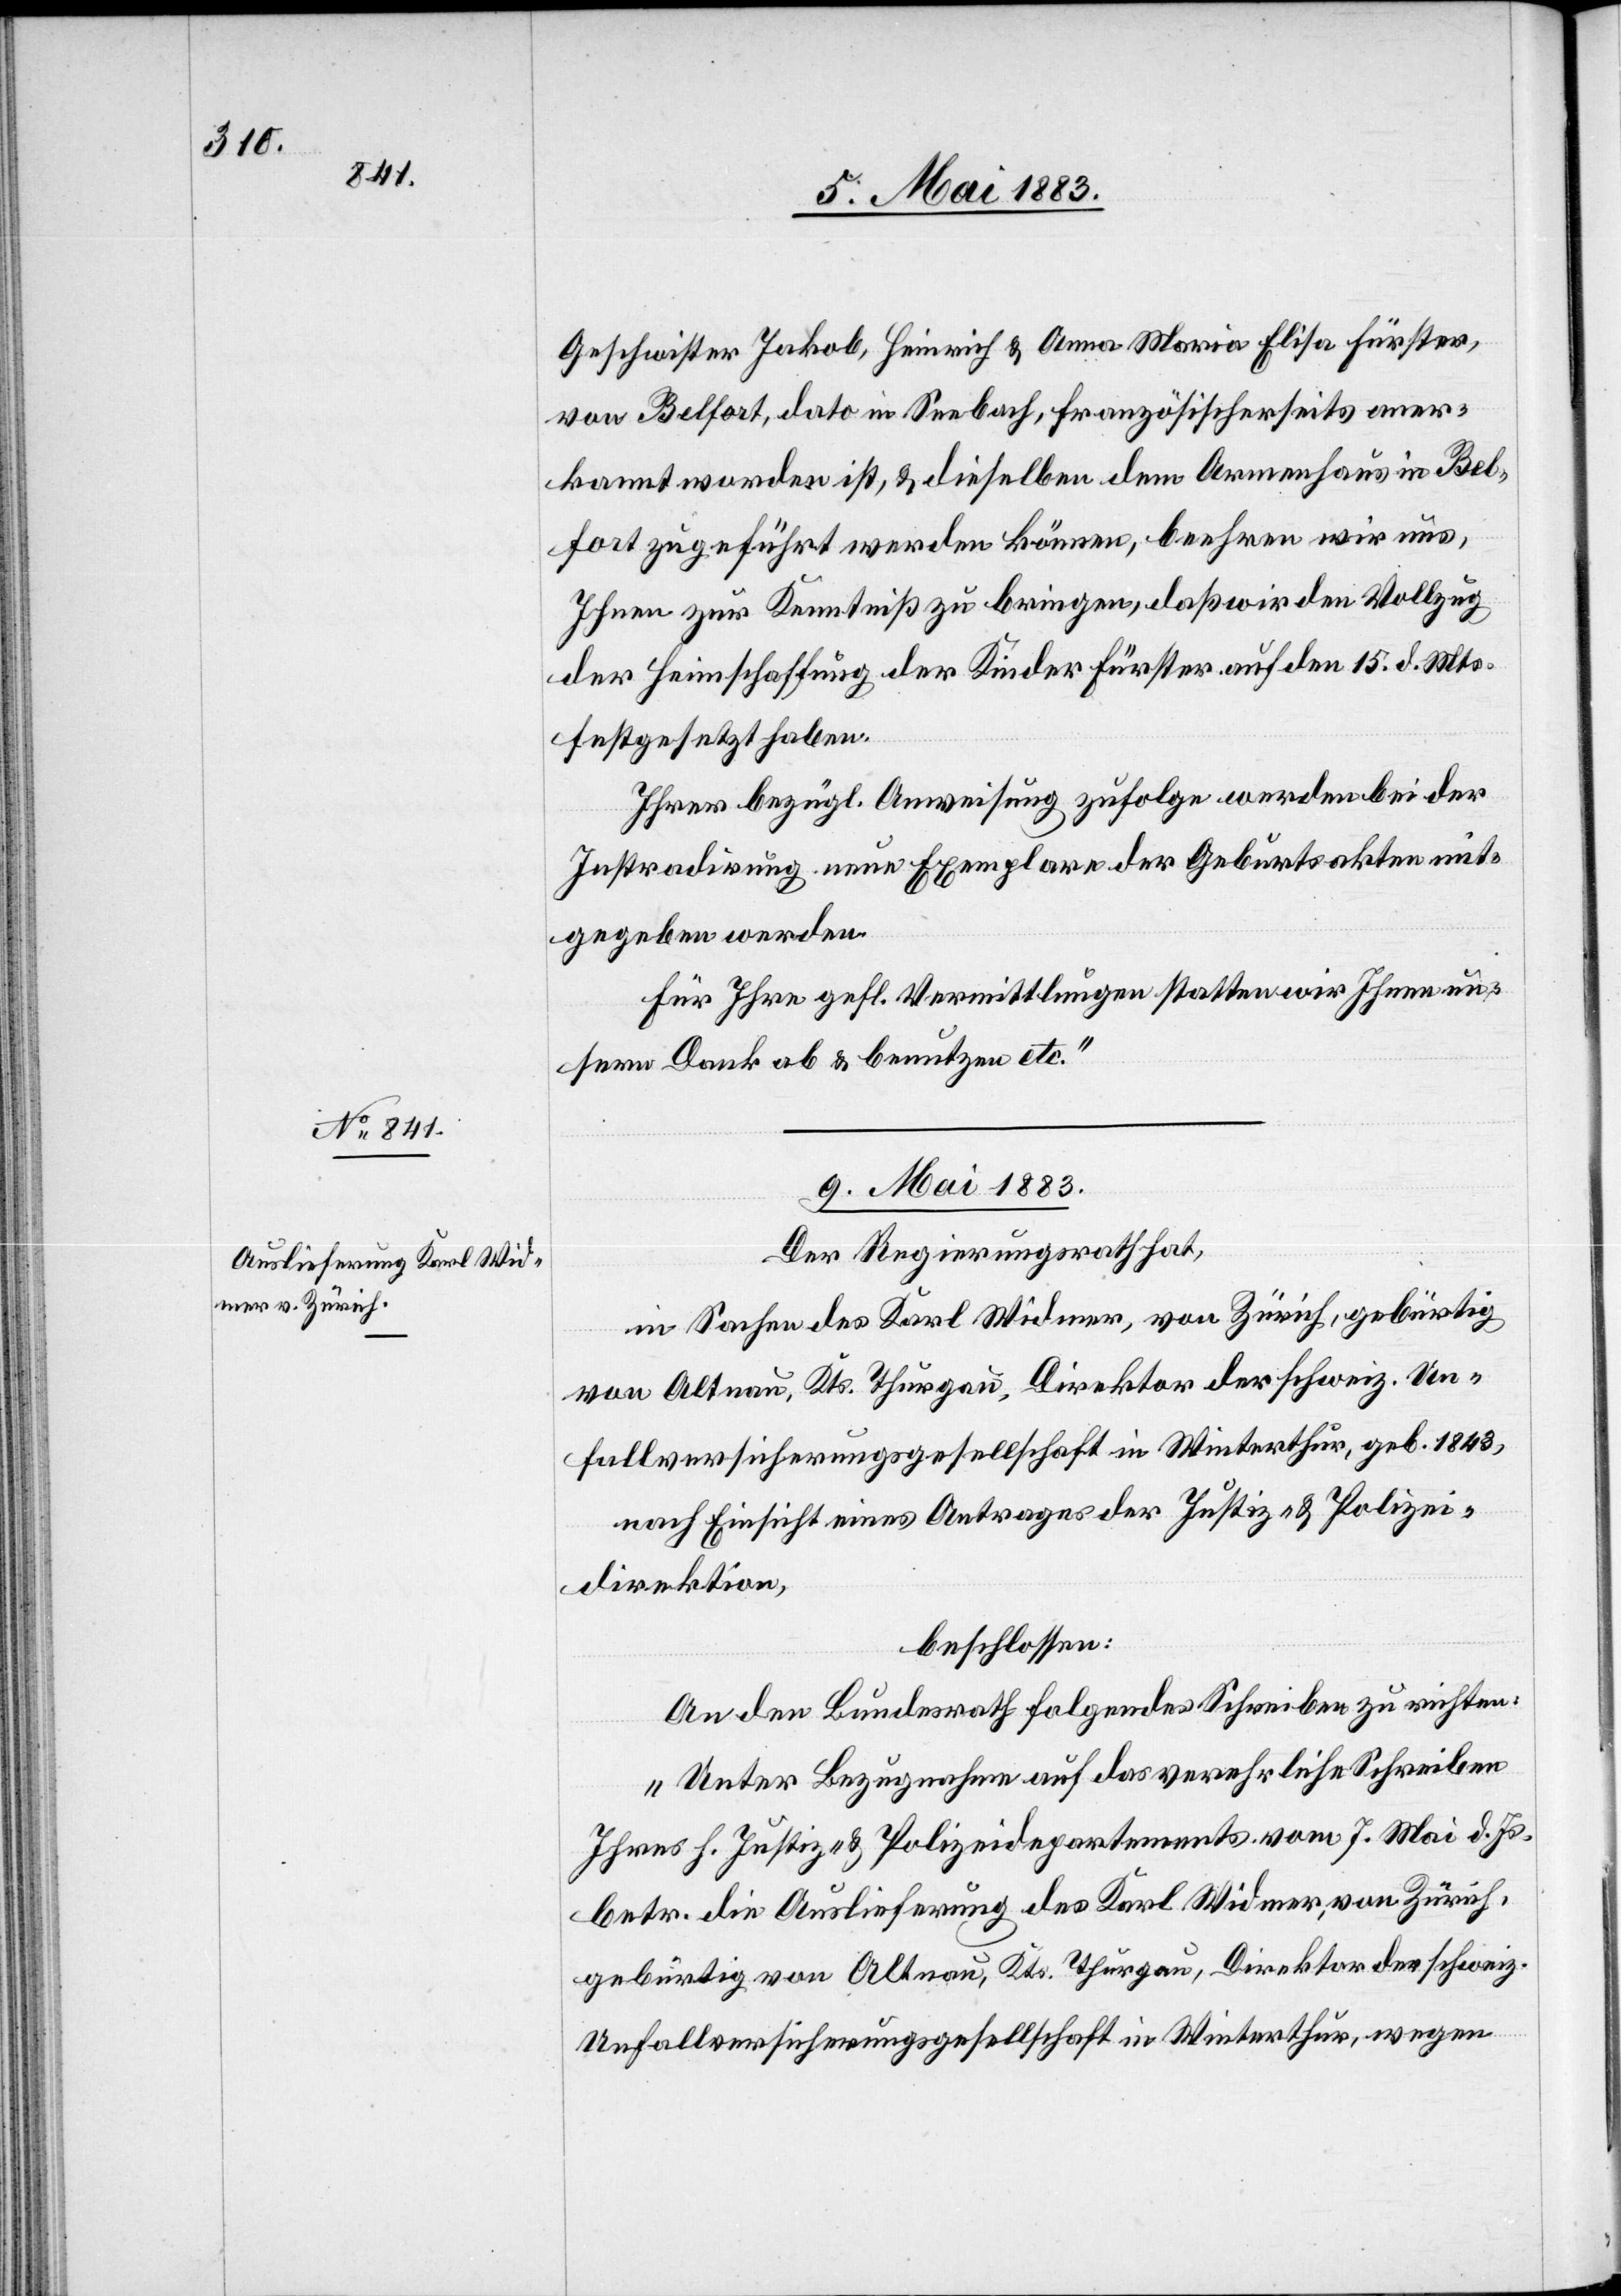
Geschwister Jakob, Heinrich & Anna Maria Elisa Fürster,
von Belfort, dato in Seebach, französischerseits aner¬
kannt worden ist, & dieselben dem Armenhaus in Bel¬
fort zugeführt werden können, beehren wir uns,
Ihnen zur Kenntniß zu bringen, daß wir den Vollzug
der Heimschaffung der Kinder Fürster auf den 15. d. Mts.
festgesetzt haben.
Ihrer bezügl. Anweisung zufolge werden bei der
Instradirung neue Exemplare der Geburtsakten mit¬
gegeben werden.
Für Ihre gefl. Vermittlungen statten wir Ihnen un¬
sern Dank ab & benutzen etc.“
9. Mai 1883.
Der Regierungsrath hat,
in Sachen des Karl Widmer, von Zürich, gebürtig
von Altnau, Kts. Thurgau, Direktor der schweiz. Un¬
fallversicherungsgesellschaft in Winterthur, geb. 1843,
nach Einsicht eines Antrages der Justiz- & Polizei¬
direktion,
beschlossen:
An den Bundesrath folgendes Schreiben zu richten:
„Unter Bezugnahme auf das verehrliche Schreiben
Ihres h. Justiz- & Polizeidepartements vom 7. Mai d. Js.
betr. die Auslieferung des Karl Widmer, von Zürich,
gebürtig von Altnau, Kts. Thurgau, Direktor der schweiz.
Unfallversicherungsgesellschaft in Winterthur, wegen